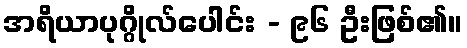
အရိယာပုဂ္ဂိုလ်ပေါင်း - ၉၆ ဦးဖြစ်၏။